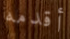
أقدمه